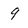
Character: 9